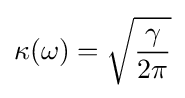
\kappa (\omega )={\sqrt {\frac {\gamma }{2\pi }}}